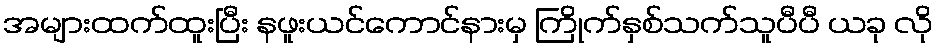
အများထက်ထူးပြီး နဖူးယင်ကောင်နားမှ ကြိုက်နှစ်သက်သူပီပီ ယခု လို